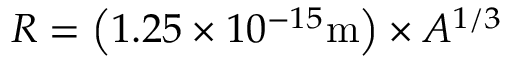
R = \left( 1 . 2 5 \times 1 0 ^ { - 1 5 } \mathrm { m } \right) \times A ^ { 1 / 3 }